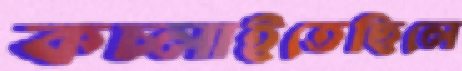
কচ্‌লাইতেছিলে